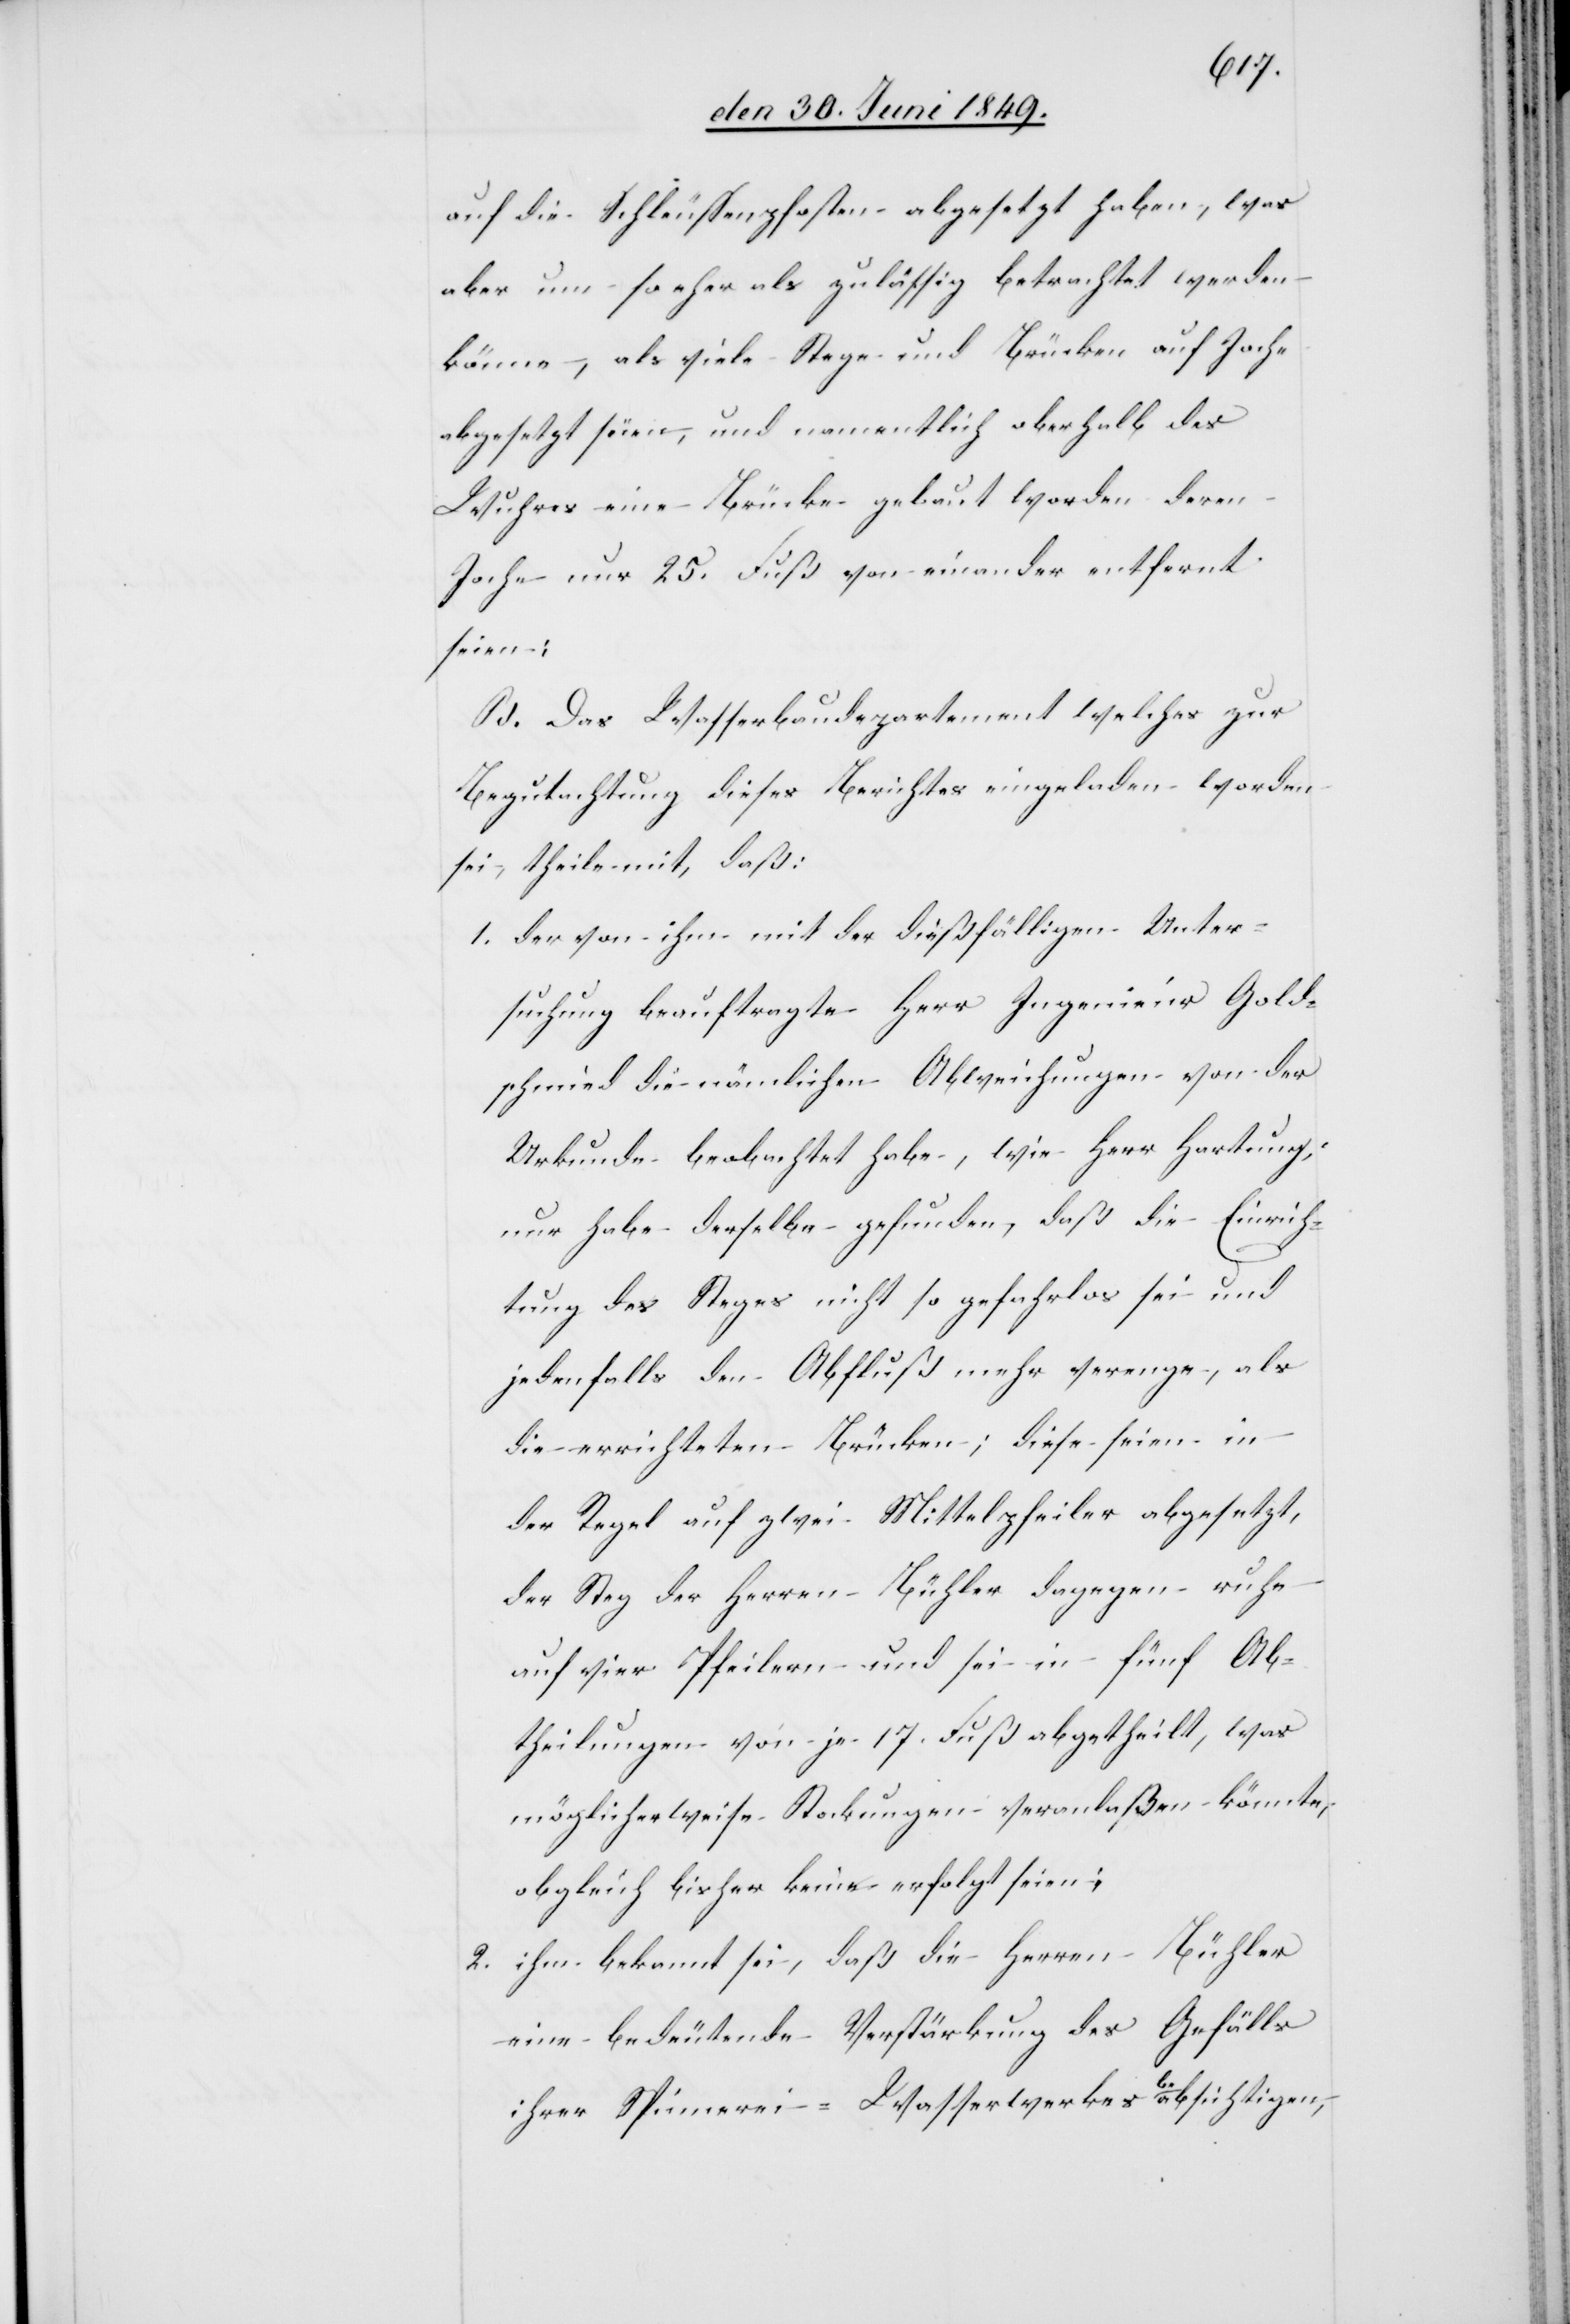
auf die Schleussenpfosten abgesetzt haben, was
aber um so eher als zulässig betrachtet werden
könne, als viele Stege und Brücken auf Joche
abgesetzt seien, und namentlich oberhalb des
Wuhres eine Brücke gebaut worden deren
Joche nur 25. Fuß von einander entfernt
seien:
B. Das Wasserbaudepartement welches zur
Begutachtung dieses Berichtes eingeladen worden
sei, theile mit, daß:
1. der von ihm mit der dießfälligen Unter¬
suchung beauftragte Herr Ingenieur Gold¬
schmied die nämlichen Abweichungen von der
Urkunde beobachtet habe, wie Herr Hartung,
nur habe derselbe gefunden, daß die Einrich¬
tung des Steges nicht so gefahrlos sei und
jedenfalls den Abfluß mehr verenge, als
die errichteten Brücken; diese seien in
der Regel auf zwei Mittelpfeiler abgesetzt,
der Steg der Herren Bühler dagegen ruhe
auf vier Pfeilern und sei in fünf Ab¬
theilungen von je 17. Fuß abgetheilt, was
möglicherweise Stockungen veranlaßen könnte,
obgleich bisher keine erfolgt seien;
2. ihm bekannt sei, daß die Herren Bühler
eine bedeutende Verstärkung des Gefälls
ihrer Spinnerei – Wasserwerkes beabsichtigen,